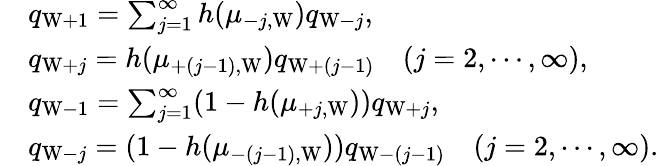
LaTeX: \begin{array}{rl}&{q_{\mathrm{W}+1}=\sum_{j=1}^{\infty}h(\mu_{-j,\mathrm{W}})q_{\mathrm{W}-j},}\\ &{q_{\mathrm{W}+j}=h(\mu_{+(j-1),\mathrm{W}})q_{\mathrm{W}+(j-1)}\quad(j=2,\cdots,\infty),}\\ &{q_{\mathrm{W}-1}=\sum_{j=1}^{\infty}(1-h(\mu_{+j,\mathrm{W}}))q_{\mathrm{W}+j},}\\ &{q_{\mathrm{W}-j}=(1-h(\mu_{-(j-1),\mathrm{W}}))q_{\mathrm{W}-(j-1)}\quad(j=2,\cdots,\infty).}\end{array}